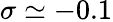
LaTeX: \sigma\simeq-0.1